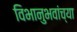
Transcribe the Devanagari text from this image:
विभानुभवांच्या